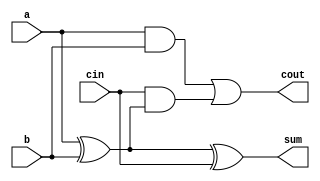
module one_bit_adder(input a, 
                     input b,
                     input cin,
                     output sum, 
                     output cout);
    
    assign sum = a ^ b ^ cin;
    assign cout = (a & b) | cin & (a ^ b);
    
endmodule

module top_module( 
    input [99:0] a, b,
    input cin,
    output [99:0] cout,
    output [99:0] sum );

    genvar i;
    one_bit_adder zero_bit(.a(a[0]), .b(b[0]), .cin(cin), .cout(cout[0]), .sum(sum[0]));
    
    generate 
        
        for (i = 1; i <=99; i = i + 1) begin: adder_blocks
            
            one_bit_adder adder_bit(.a(a[i]), .b(b[i]), .cin(cout[i - 1]), .cout(cout[i]), .sum(sum[i]));
            
        end
        
    endgenerate
        
        
endmodule